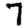
Digit: 7